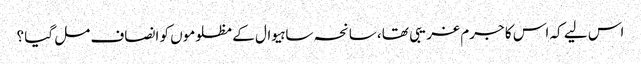
اس لیے کہ اس کا جرم غریبی تھا ،سانحہ ساہیوال کے مظلوموں کو انصاف مل گیا ؟